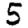
Digit: 5